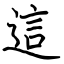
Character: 這